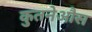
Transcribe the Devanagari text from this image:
कुतनेऔस